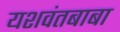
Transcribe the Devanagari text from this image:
यशवंतबाबा